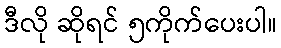
ဒီလို ဆိုရင် ၅ကိုက်ပေးပါ။